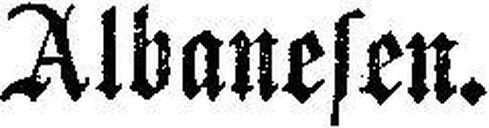
Albanesen.